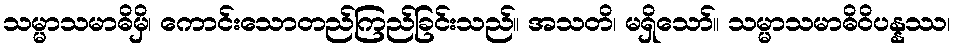
သမ္မာသမာဓိမှိ၊ ကောင်းသောတည်ကြည်ခြင်းသည်။ အသတိ၊ မရှိသော်။ သမ္မာသမာဓိဝိပန္နဿ၊